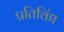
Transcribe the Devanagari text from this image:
प्रतिविंद्य